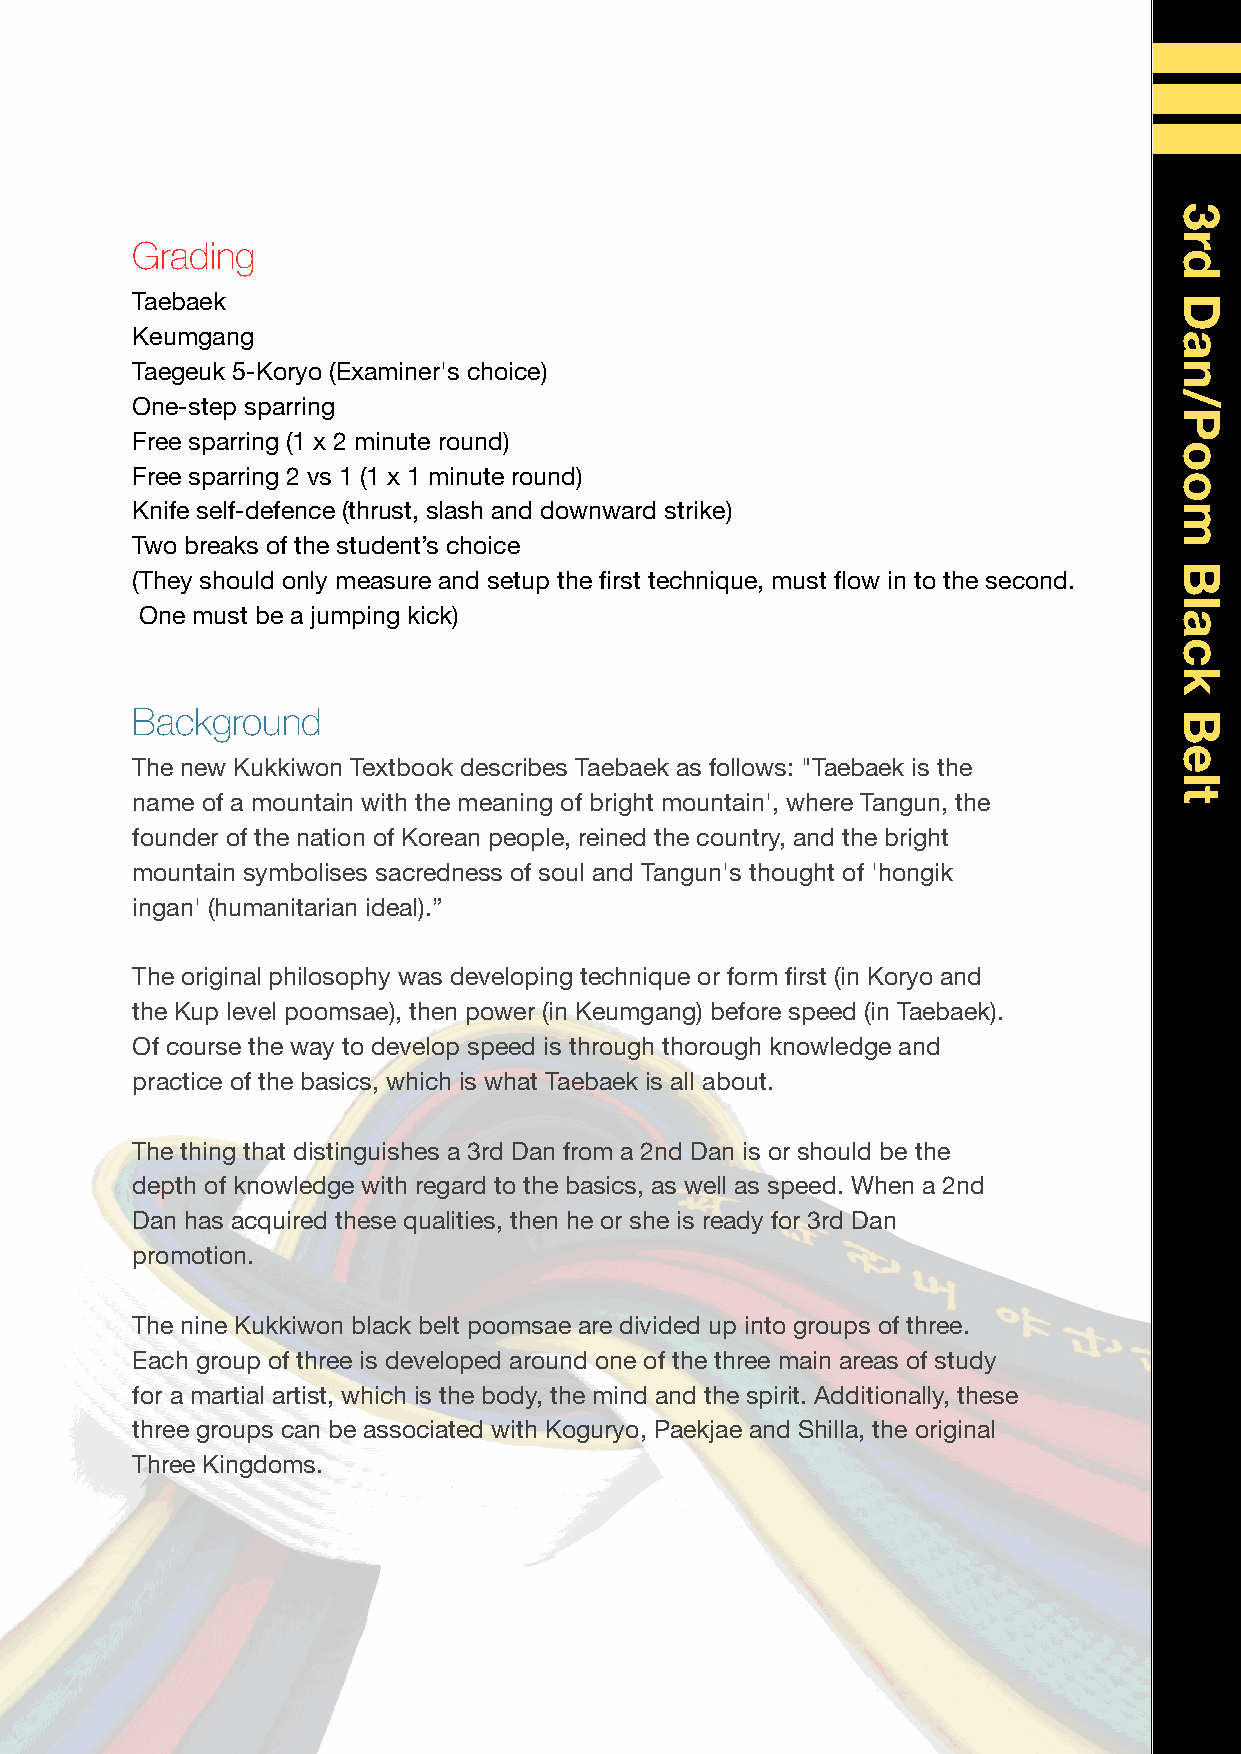
Grading
 Taebaek
 Keumgang
 Taegeuk 5-Koryo (Examiner's choice)
 One-step sparring
 Free sparring (1 x 2 minute round)
 Free sparring 2 vs 1 (1 x 1 minute round)
 Knife self-defence (thrust, slash and downward strike)
 Two breaks of the student’s choice
 (They should only measure and setup the first technique, must flow in to the second.
 One must be a jumping kick)
 Background
 The new Kukkiwon Textbook describes Taebaek as follows: "Taebaek is the
 name of a mountain with the meaning of bright mountain', where Tangun, the
 founder of the nation of Korean people, reined the country, and the bright
 mountain symbolises sacredness of soul and Tangun's thought of 'hongik
 ingan' (humanitarian ideal).”
 The original philosophy was developing technique or form first (in Koryo and
 the Kup level poomsae), then power (in Keumgang) before speed (in Taebaek).
 Of course the way to develop speed is through thorough knowledge and
 practice of the basics, which is what Taebaek is all about.
 The thing that distinguishes a 3rd Dan from a 2nd Dan is or should be the
 depth of knowledge with regard to the basics, as well as speed. When a 2nd
 Dan has acquired these qualities, then he or she is ready for 3rd Dan
 promotion.
 The nine Kukkiwon black belt poomsae are divided up into groups of three.
 Each group of three is developed around one of the three main areas of study
 for a martial artist, which is the body, the mind and the spirit. Additionally, these
 three groups can be associated with Koguryo, Paekjae and Shilla, the original
 Three Kingdoms.
 3rd
 Dan/Poom
 Black
 Belt